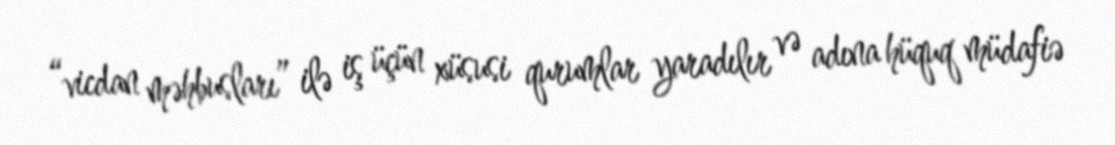
“vicdan məhbusları” ilə iş üçün xüsusi qurumlar yaradılır və adına hüquq müdafiə